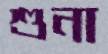
শুনা